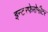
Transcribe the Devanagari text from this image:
इन्टरफेरोमीटर